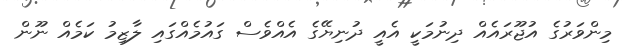
މިންވަރުގެ އުޖޫރައެއް ދިނުމަކީ އެއީ ދުނިޔޭގެ އެއްވެސް ގައުމެއްގައި ލާޒިމު ކަމެއް ނޫން